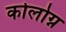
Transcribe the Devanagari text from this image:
कोलोग्न